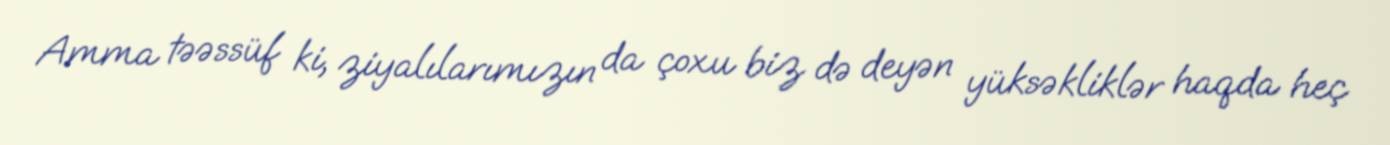
Amma təəssüf ki, ziyalılarımızın da çoxu biz də deyən yüksəkliklər haqda heç